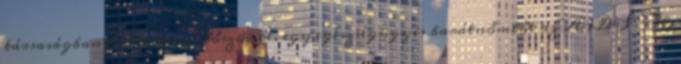
társaságban hallottam először pl. egy egészségügyis barátnőmtől az AIDS-ről,